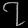
Digit: ၇